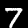
Label: 7